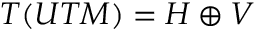
T ( U T M ) = H \oplus V